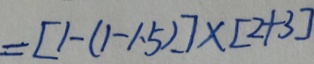
= [ 1 - ( 1 - 1 . 5 ) ] \times [ 2 + 3 ]